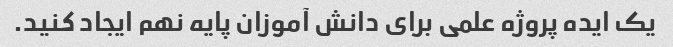
یک ایده پروژه علمی برای دانش آموزان پایه نهم ایجاد کنید.